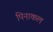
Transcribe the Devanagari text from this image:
पिनाकल